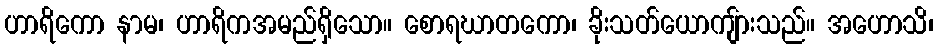
ဟာရိကော နာမ၊ ဟာရိကအမည်ရှိသော။ စောရဃာတကော၊ ခိုးသတ်ယောကျ်ားသည်။ အဟောသိ၊